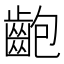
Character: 齙